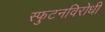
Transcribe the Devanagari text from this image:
स्‍फुटनविरोधी